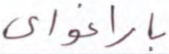
باراغواي